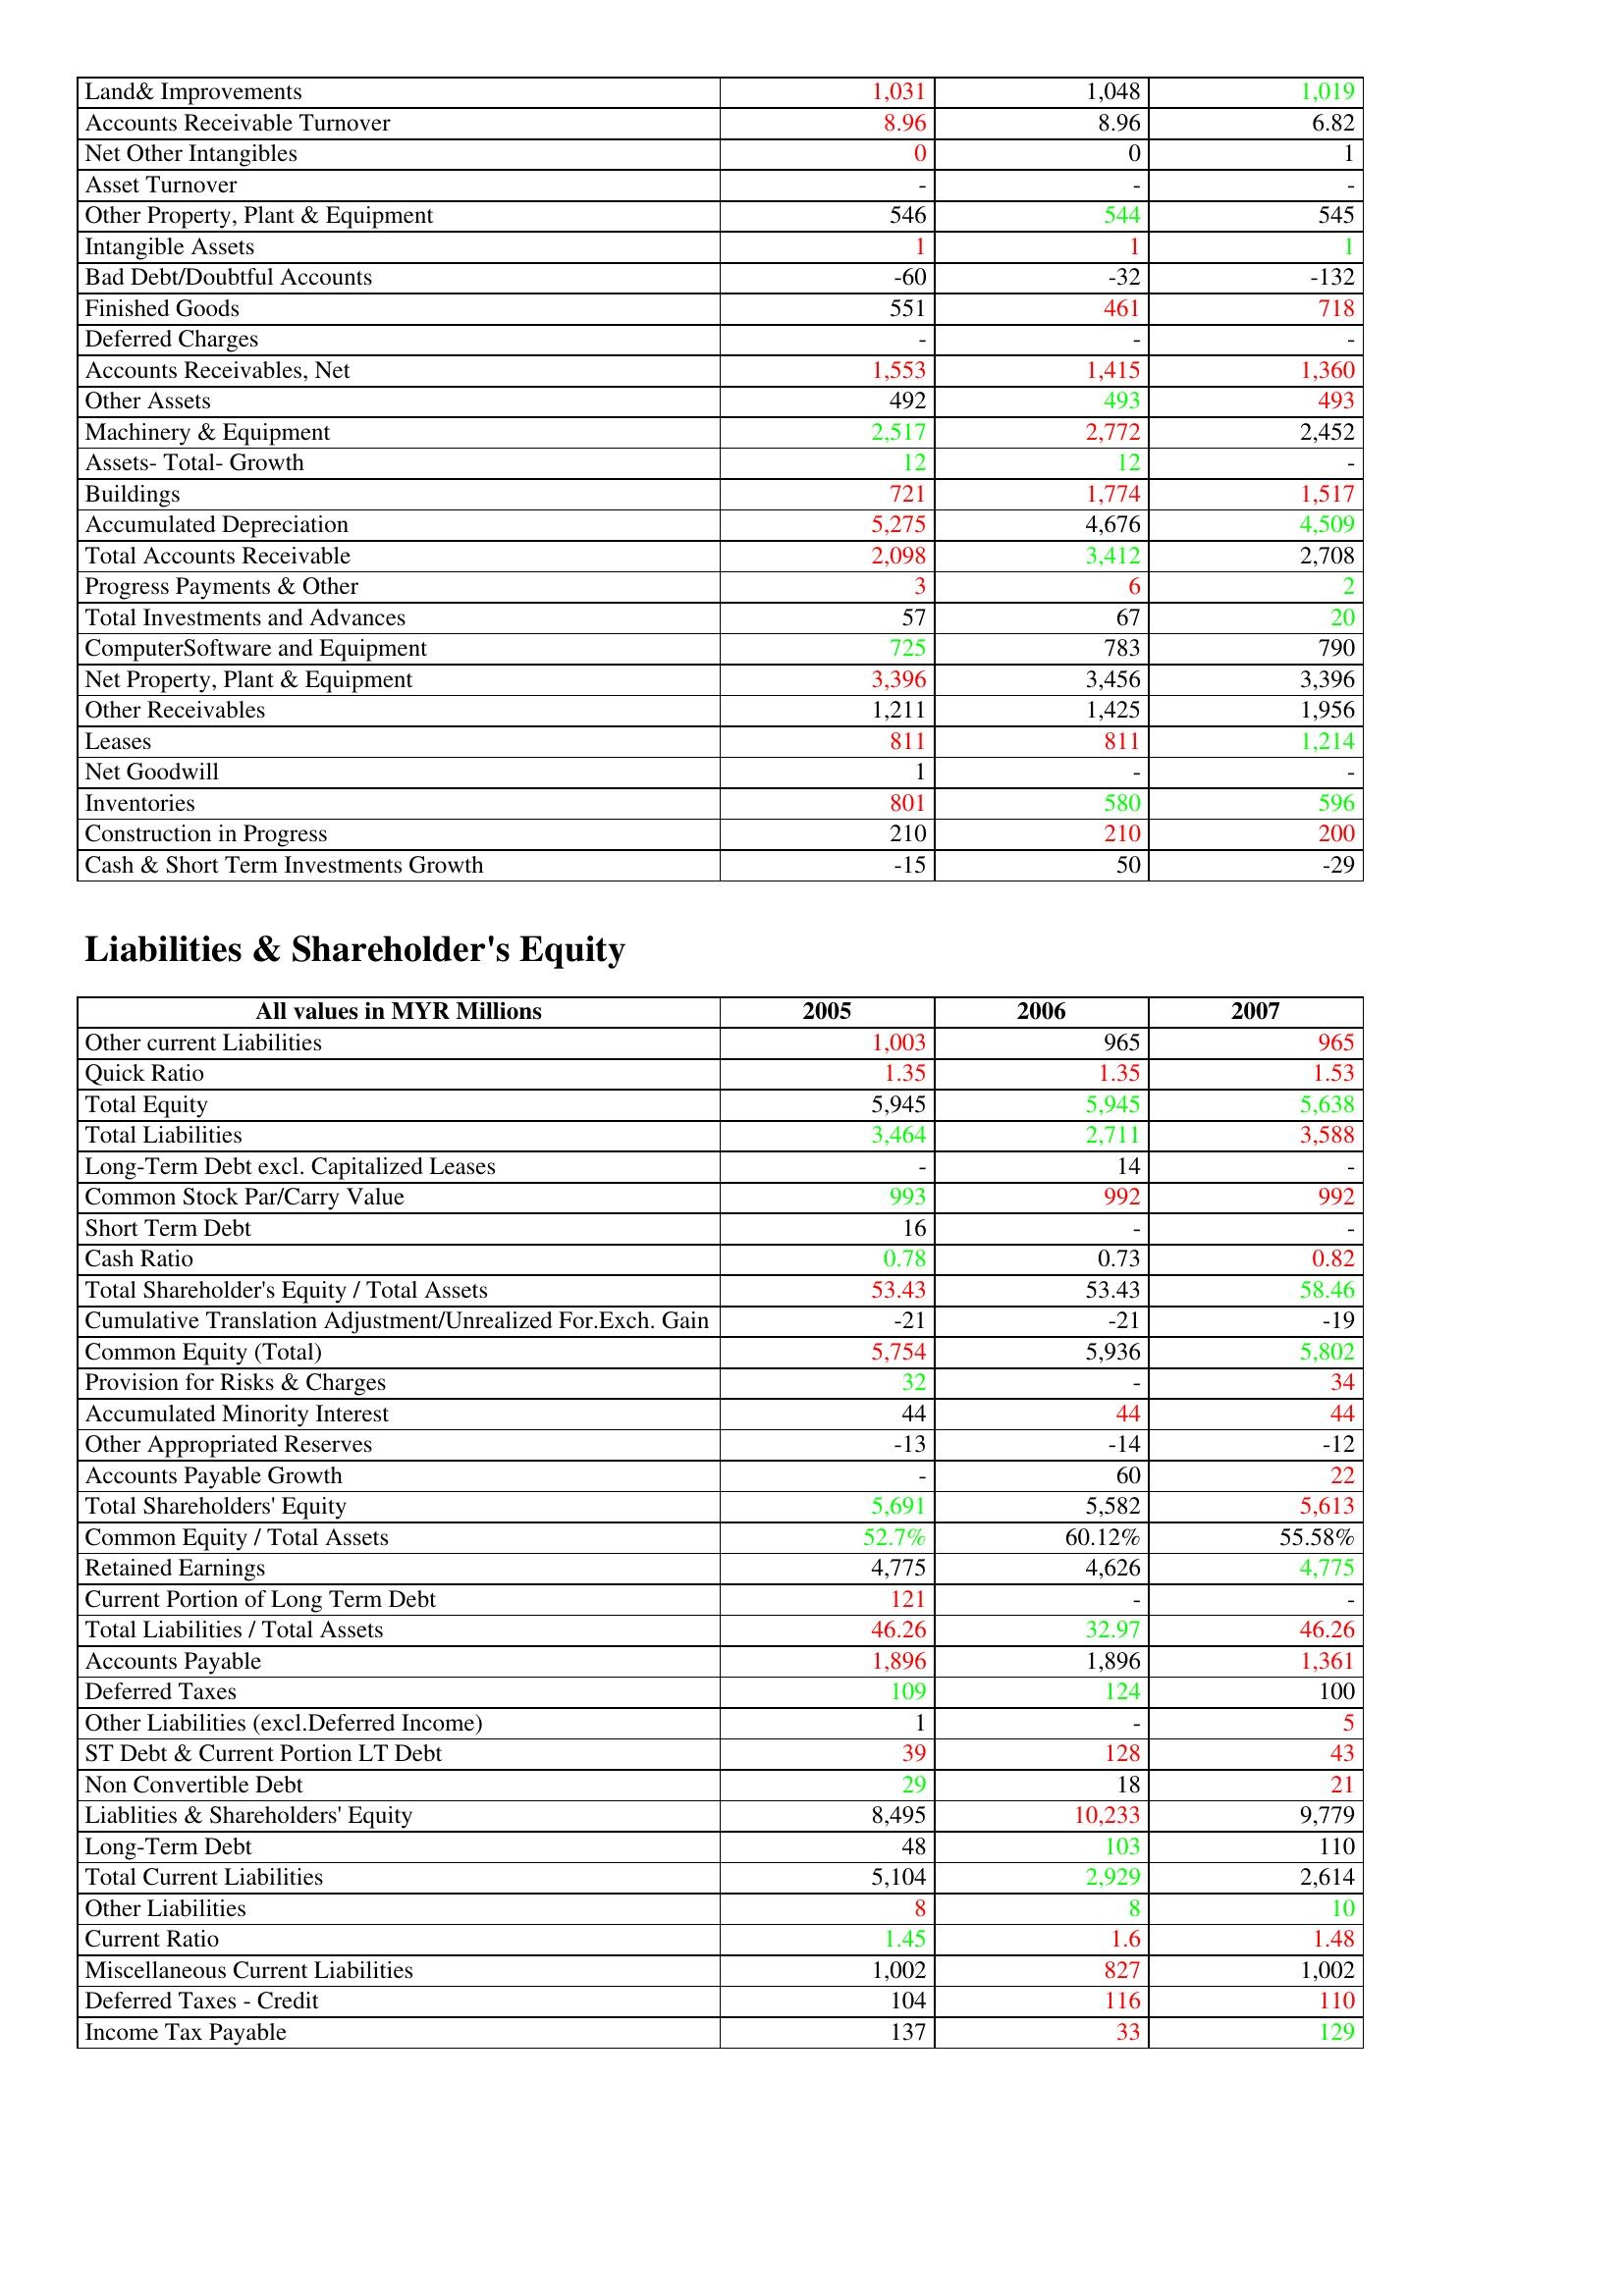
gt_parse: 2005: Assets: Land& Improvements: 1,031
Accounts Receivable Turnover: 8.96
Net Other Intangibles: 0
Asset Turnover: -
Other Property, Plant & Equipment: 546
Intangible Assets: 1
Bad Debt/Doubtful Accounts: -60
Finished Goods: 551
Deferred Charges: -
Accounts Receivables, Net: 1,553
Other Assets: 492
Machinery & Equipment: 2,517
Assets- Total- Growth: 12
Buildings: 721
Accumulated Depreciation: 5,275
Total Accounts Receivable: 2,098
Progress Payments & Other: 3
Total Investments and Advances: 57
ComputerSoftware and Equipment: 725
Net Property, Plant & Equipment: 3,396
Other Receivables: 1,211
Leases: 811
Net Goodwill: 1
Inventories: 801
Construction in Progress: 210
Cash & Short Term Investments Growth: -15
Liabilities & Shareholder's Equity: Other current Liabilities: 1,003
Quick Ratio: 1.35
Total Equity: 5,945
Total Liabilities: 3,464
Long-Term Debt excl. Capitalized Leases: -
Common Stock Par/Carry Value: 993
Short Term Debt: 16
Cash Ratio: 0.78
Total Shareholder's Equity / Total Assets: 53.43
Cumulative Translation Adjustment/Unrealized For.Exch. Gain: -21
Common Equity (Total): 5,754
Provision for Risks & Charges: 32
Accumulated Minority Interest: 44
Other Appropriated Reserves: -13
Accounts Payable Growth: -
Total Shareholders' Equity: 5,691
Common Equity / Total Assets: 52.7%
Retained Earnings: 4,775
Current Portion of Long Term Debt: 121
Total Liabilities / Total Assets: 46.26
Accounts Payable: 1,896
Deferred Taxes: 109
Other Liabilities (excl.Deferred Income): 1
ST Debt & Current Portion LT Debt: 39
Non Convertible Debt: 29
Liablities & Shareholders' Equity: 8,495
Long-Term Debt: 48
Total Current Liabilities: 5,104
Other Liabilities: 8
Current Ratio: 1.45
Miscellaneous Current Liabilities: 1,002
Deferred Taxes - Credit: 104
Income Tax Payable: 137
2006: Assets: Land& Improvements: 1,048
Accounts Receivable Turnover: 8.96
Net Other Intangibles: 0
Asset Turnover: -
Other Property, Plant & Equipment: 544
Intangible Assets: 1
Bad Debt/Doubtful Accounts: -32
Finished Goods: 461
Deferred Charges: -
Accounts Receivables, Net: 1,415
Other Assets: 493
Machinery & Equipment: 2,772
Assets- Total- Growth: 12
Buildings: 1,774
Accumulated Depreciation: 4,676
Total Accounts Receivable: 3,412
Progress Payments & Other: 6
Total Investments and Advances: 67
ComputerSoftware and Equipment: 783
Net Property, Plant & Equipment: 3,456
Other Receivables: 1,425
Leases: 811
Net Goodwill: -
Inventories: 580
Construction in Progress: 210
Cash & Short Term Investments Growth: 50
Liabilities & Shareholder's Equity: Other current Liabilities: 965
Quick Ratio: 1.35
Total Equity: 5,945
Total Liabilities: 2,711
Long-Term Debt excl. Capitalized Leases: 14
Common Stock Par/Carry Value: 992
Short Term Debt: -
Cash Ratio: 0.73
Total Shareholder's Equity / Total Assets: 53.43
Cumulative Translation Adjustment/Unrealized For.Exch. Gain: -21
Common Equity (Total): 5,936
Provision for Risks & Charges: -
Accumulated Minority Interest: 44
Other Appropriated Reserves: -14
Accounts Payable Growth: 60
Total Shareholders' Equity: 5,582
Common Equity / Total Assets: 60.12%
Retained Earnings: 4,626
Current Portion of Long Term Debt: -
Total Liabilities / Total Assets: 32.97
Accounts Payable: 1,896
Deferred Taxes: 124
Other Liabilities (excl.Deferred Income): -
ST Debt & Current Portion LT Debt: 128
Non Convertible Debt: 18
Liablities & Shareholders' Equity: 10,233
Long-Term Debt: 103
Total Current Liabilities: 2,929
Other Liabilities: 8
Current Ratio: 1.6
Miscellaneous Current Liabilities: 827
Deferred Taxes - Credit: 116
Income Tax Payable: 33
2007: Assets: Land& Improvements: 1,019
Accounts Receivable Turnover: 6.82
Net Other Intangibles: 1
Asset Turnover: -
Other Property, Plant & Equipment: 545
Intangible Assets: 1
Bad Debt/Doubtful Accounts: -132
Finished Goods: 718
Deferred Charges: -
Accounts Receivables, Net: 1,360
Other Assets: 493
Machinery & Equipment: 2,452
Assets- Total- Growth: -
Buildings: 1,517
Accumulated Depreciation: 4,509
Total Accounts Receivable: 2,708
Progress Payments & Other: 2
Total Investments and Advances: 20
ComputerSoftware and Equipment: 790
Net Property, Plant & Equipment: 3,396
Other Receivables: 1,956
Leases: 1,214
Net Goodwill: -
Inventories: 596
Construction in Progress: 200
Cash & Short Term Investments Growth: -29
Liabilities & Shareholder's Equity: Other current Liabilities: 965
Quick Ratio: 1.53
Total Equity: 5,638
Total Liabilities: 3,588
Long-Term Debt excl. Capitalized Leases: -
Common Stock Par/Carry Value: 992
Short Term Debt: -
Cash Ratio: 0.82
Total Shareholder's Equity / Total Assets: 58.46
Cumulative Translation Adjustment/Unrealized For.Exch. Gain: -19
Common Equity (Total): 5,802
Provision for Risks & Charges: 34
Accumulated Minority Interest: 44
Other Appropriated Reserves: -12
Accounts Payable Growth: 22
Total Shareholders' Equity: 5,613
Common Equity / Total Assets: 55.58%
Retained Earnings: 4,775
Current Portion of Long Term Debt: -
Total Liabilities / Total Assets: 46.26
Accounts Payable: 1,361
Deferred Taxes: 100
Other Liabilities (excl.Deferred Income): 5
ST Debt & Current Portion LT Debt: 43
Non Convertible Debt: 21
Liablities & Shareholders' Equity: 9,779
Long-Term Debt: 110
Total Current Liabilities: 2,614
Other Liabilities: 10
Current Ratio: 1.48
Miscellaneous Current Liabilities: 1,002
Deferred Taxes - Credit: 110
Income Tax Payable: 129